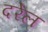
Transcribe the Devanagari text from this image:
दरेल